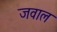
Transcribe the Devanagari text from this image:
जवाल